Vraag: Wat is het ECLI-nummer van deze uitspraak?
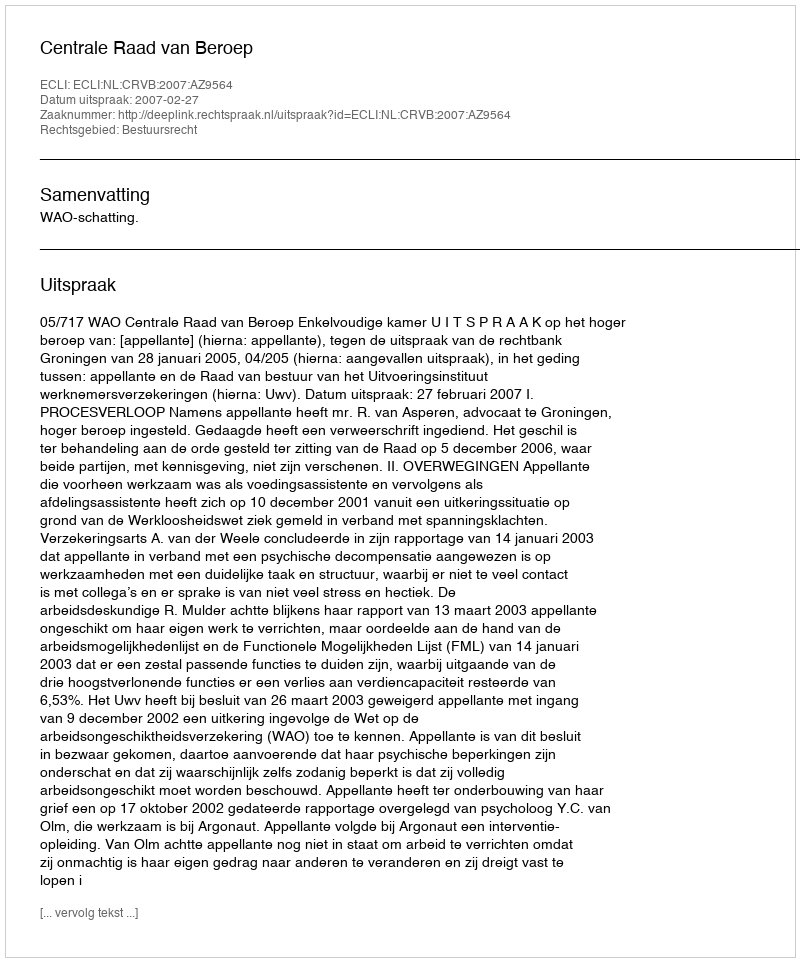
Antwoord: ECLI:NL:CRVB:2007:AZ9564